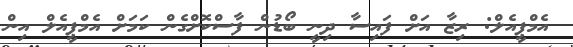
އެމްޕީއެލް: ރިޒާ އަށް ފައިސާ ދިނީ ބޯޑުން ފާސްކޮށްގެން ކަމަށް އެމްޕީއެލް އިން